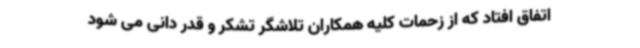
اتفاق افتاد که از زحمات کلیه همکاران تلاشگر تشکر و قدر دانی می شود